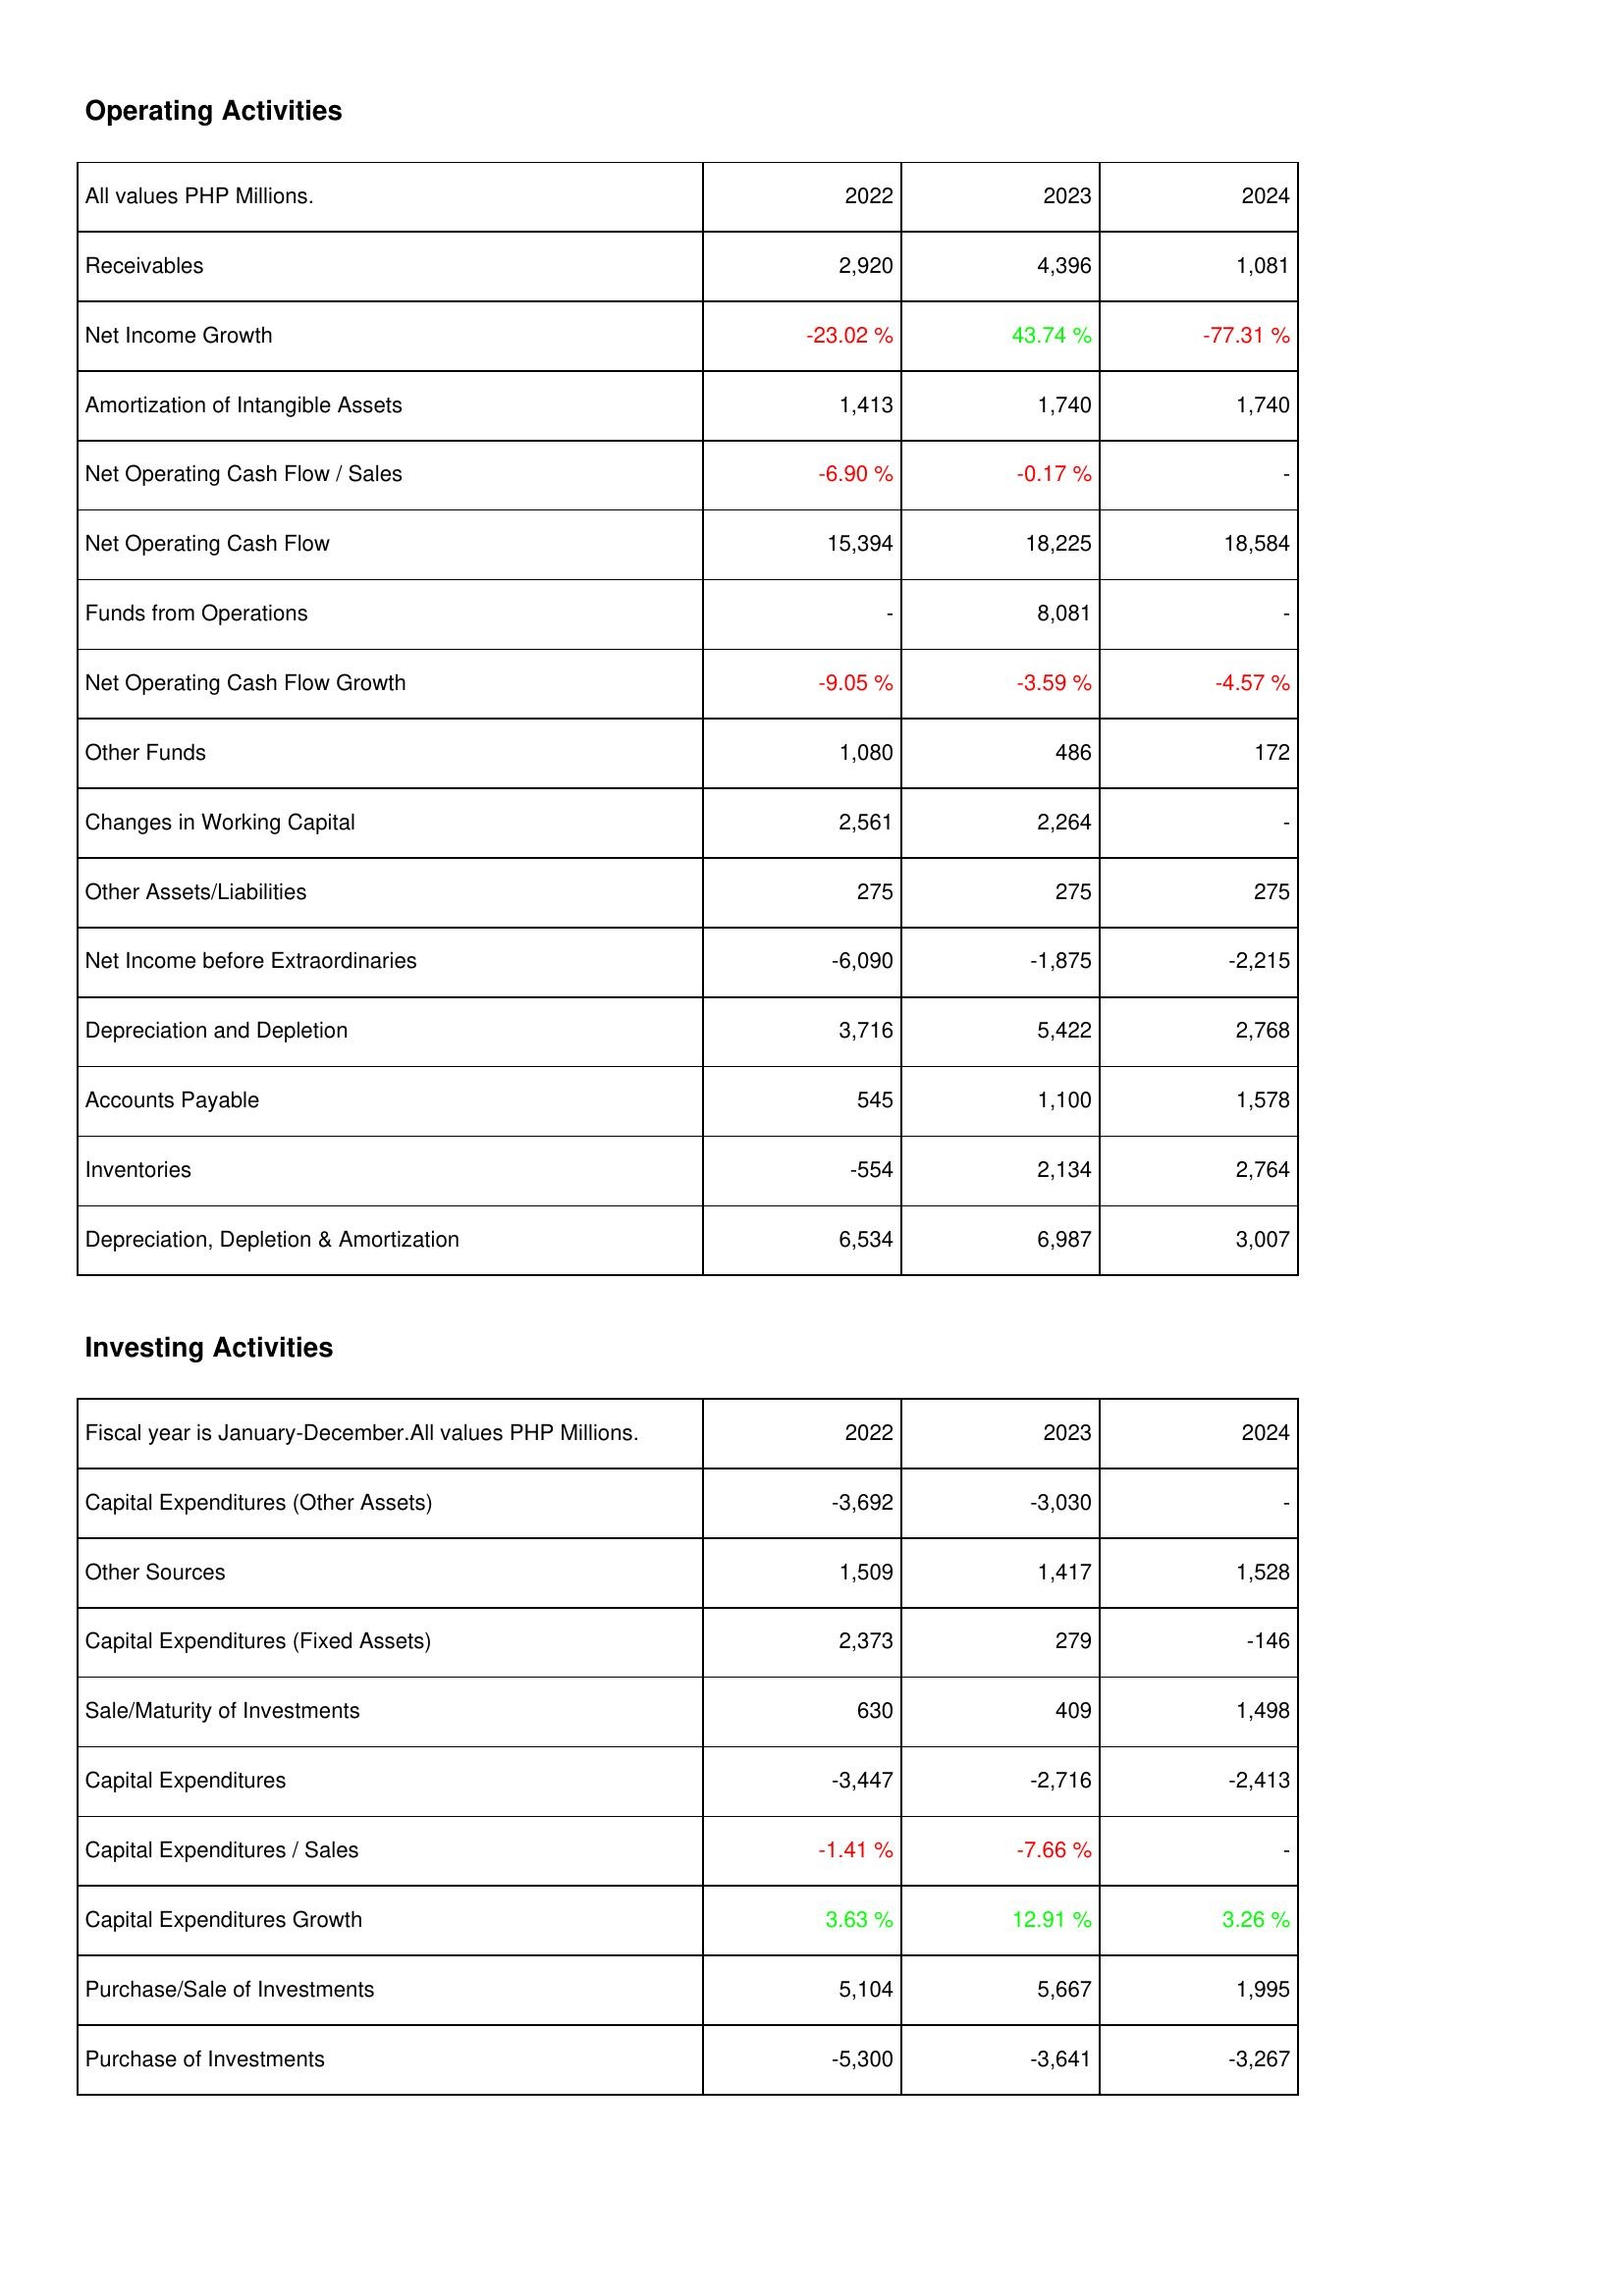
2022: Operating Activities: Receivables: 2,920
Net Income Growth: -23.02 %
Amortization of Intangible Assets: 1,413
Net Operating Cash Flow / Sales: -6.90 %
Net Operating Cash Flow: 15,394
Funds from Operations: -
Net Operating Cash Flow Growth: -9.05 %
Other Funds: 1,080
Changes in Working Capital: 2,561
Other Assets/Liabilities: 275
Net Income before Extraordinaries: -6,090
Depreciation and Depletion: 3,716
Accounts Payable: 545
Inventories: -554
Depreciation, Depletion & Amortization: 6,534
Investing Activities: Capital Expenditures (Other Assets): -3,692
Other Sources: 1,509
Capital Expenditures (Fixed Assets): 2,373
Sale/Maturity of Investments: 630
Capital Expenditures: -3,447
Capital Expenditures / Sales: -1.41 %
Capital Expenditures Growth: 3.63 %
Purchase/Sale of Investments: 5,104
Purchase of Investments: -5,300
2023: Operating Activities: Receivables: 4,396
Net Income Growth: 43.74 %
Amortization of Intangible Assets: 1,740
Net Operating Cash Flow / Sales: -0.17 %
Net Operating Cash Flow: 18,225
Funds from Operations: 8,081
Net Operating Cash Flow Growth: -3.59 %
Other Funds: 486
Changes in Working Capital: 2,264
Other Assets/Liabilities: 275
Net Income before Extraordinaries: -1,875
Depreciation and Depletion: 5,422
Accounts Payable: 1,100
Inventories: 2,134
Depreciation, Depletion & Amortization: 6,987
Investing Activities: Capital Expenditures (Other Assets): -3,030
Other Sources: 1,417
Capital Expenditures (Fixed Assets): 279
Sale/Maturity of Investments: 409
Capital Expenditures: -2,716
Capital Expenditures / Sales: -7.66 %
Capital Expenditures Growth: 12.91 %
Purchase/Sale of Investments: 5,667
Purchase of Investments: -3,641
2024: Operating Activities: Receivables: 1,081
Net Income Growth: -77.31 %
Amortization of Intangible Assets: 1,740
Net Operating Cash Flow / Sales: -
Net Operating Cash Flow: 18,584
Funds from Operations: -
Net Operating Cash Flow Growth: -4.57 %
Other Funds: 172
Changes in Working Capital: -
Other Assets/Liabilities: 275
Net Income before Extraordinaries: -2,215
Depreciation and Depletion: 2,768
Accounts Payable: 1,578
Inventories: 2,764
Depreciation, Depletion & Amortization: 3,007
Investing Activities: Capital Expenditures (Other Assets): -
Other Sources: 1,528
Capital Expenditures (Fixed Assets): -146
Sale/Maturity of Investments: 1,498
Capital Expenditures: -2,413
Capital Expenditures / Sales: -
Capital Expenditures Growth: 3.26 %
Purchase/Sale of Investments: 1,995
Purchase of Investments: -3,267